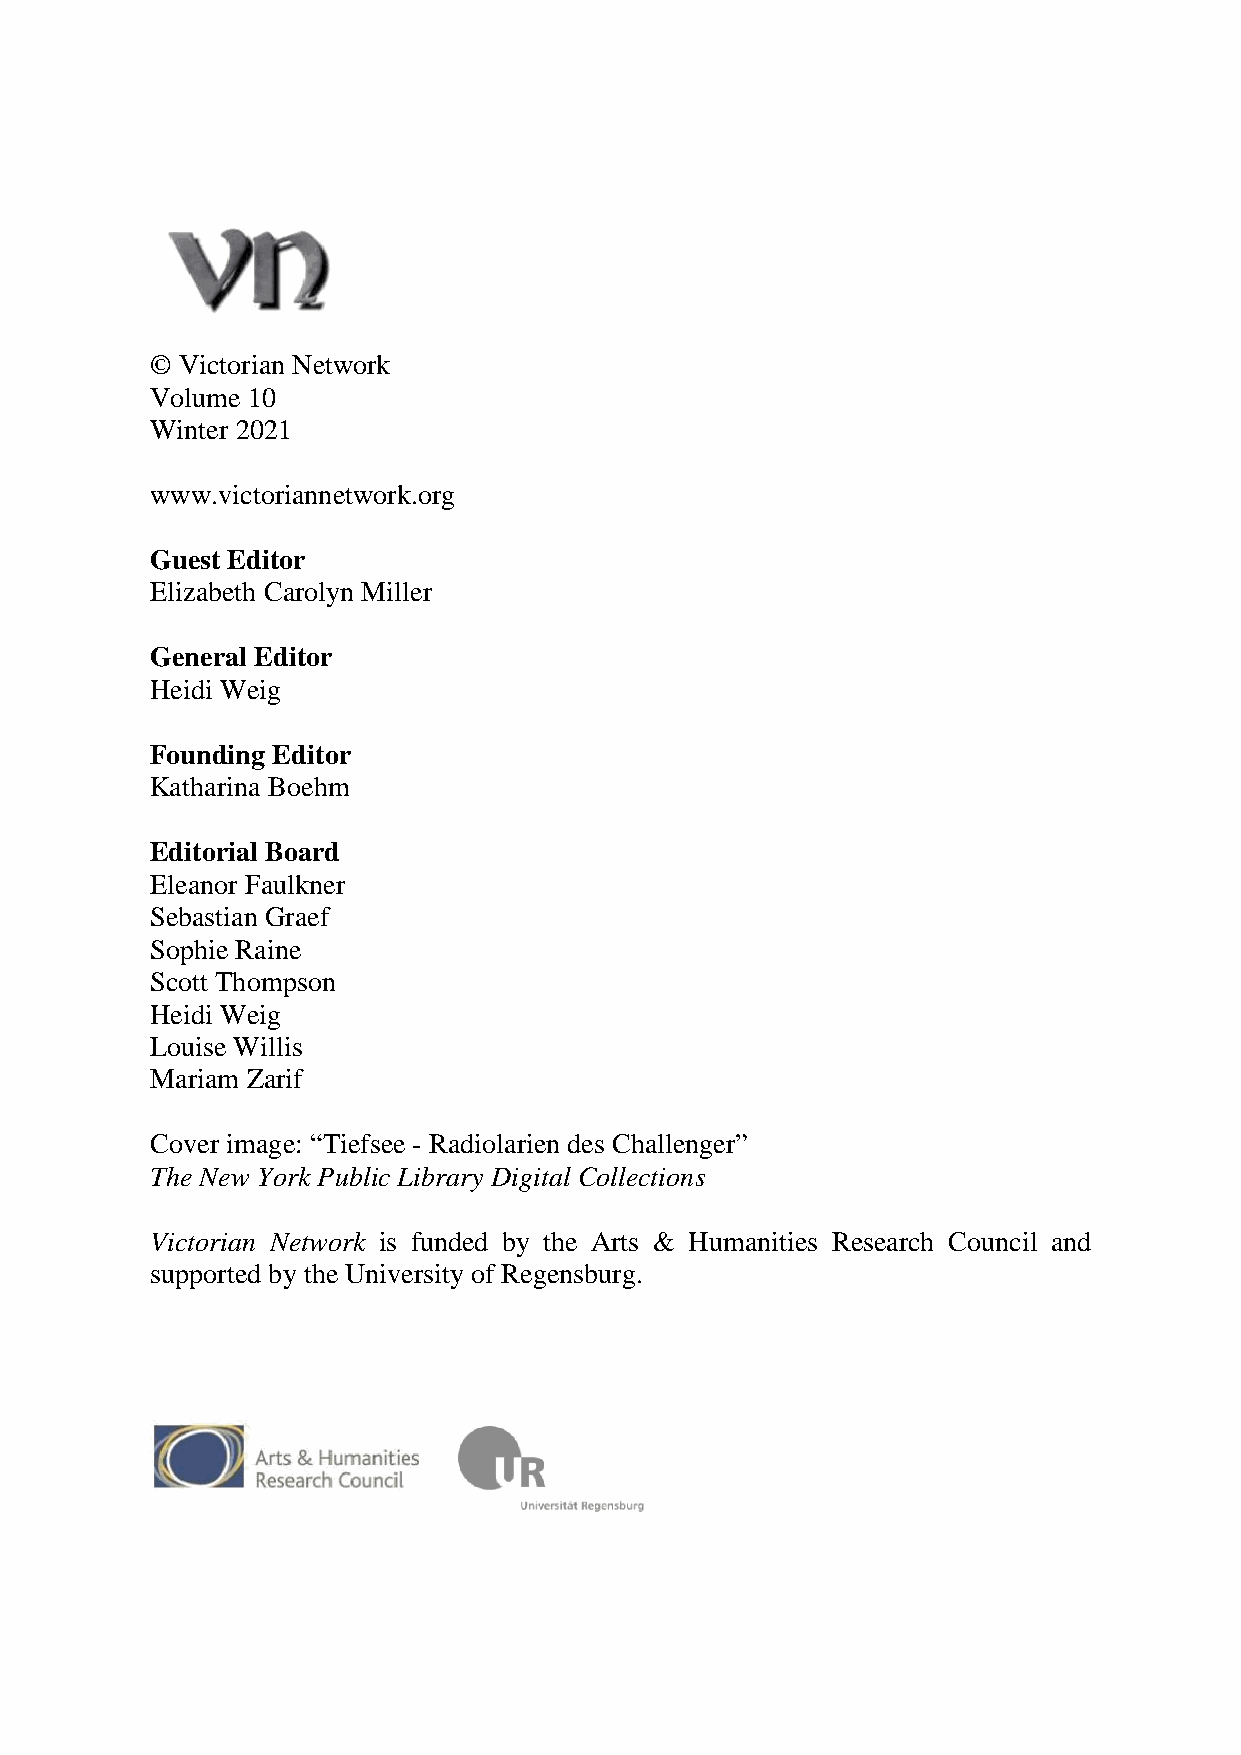
© Victorian Network
 Volume 10
 Winter 2021
 www.victoriannetwork.org
 Guest Editor
 Elizabeth Carolyn Miller
 General Editor
 Heidi Weig
 Founding Editor
 Katharina Boehm
 Editorial Board
 Eleanor Faulkner
 Sebastian Graef
 Sophie Raine
 Scott Thompson
 Heidi Weig
 Louise Willis
 Mariam Zarif
 Cover image: “Tiefsee - Radiolarien des Challenger”
 The New York Public Library Digital Collections
 Victorian Network is funded by the Arts & Humanities Research Council and
 supported by the University of Regensburg.